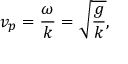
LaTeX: v _ { p } = { \frac { \omega } { k } } = { \sqrt { \frac { g } { k } } } ,